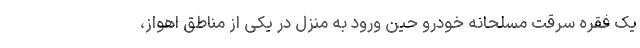
یک فقره سرقت مسلحانه خودرو حین ورود به منزل در یکی از مناطق اهواز،‌